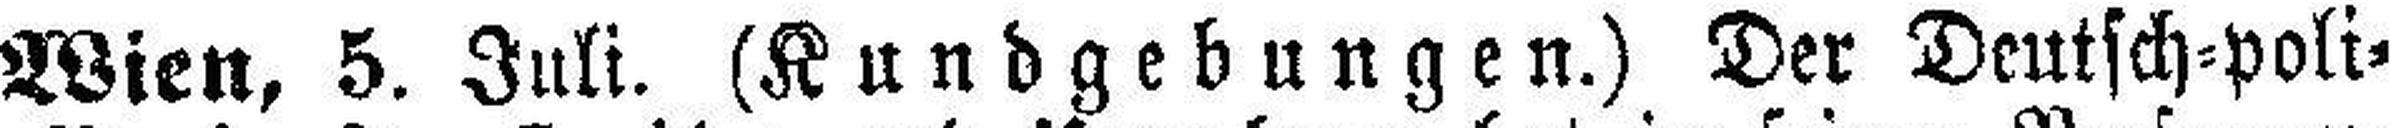
Wien, 5. Juli. (Kundgebungen.) Der Deutsch=poli¬